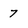
Character: 7